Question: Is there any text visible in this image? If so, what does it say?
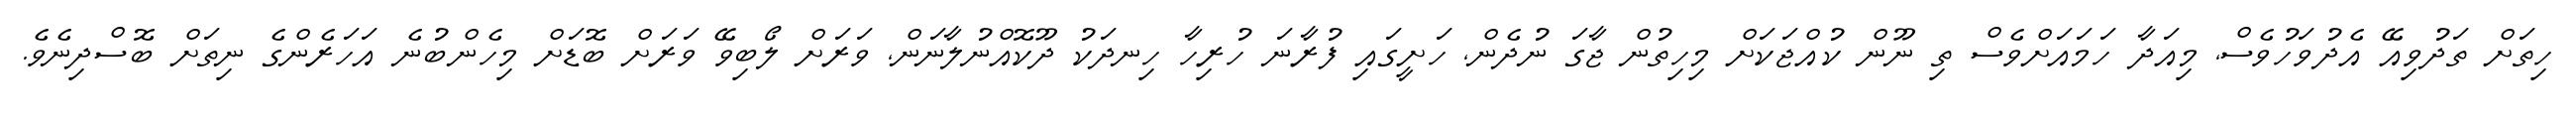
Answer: ހިތަށް ތަދުވިއޭ އެދުވަހުވެސް, މިއަދާ ހަމައަށްވެސް ތި ނޫން ކުއްޖަކަށް މިހިތުން ޖާގަ ނުދެން, ހަށީގައި ފުރާނަ ހުރިހާ ހިނދަކު ދޫކޮއްނުލާނަން, ވަރަށް ލޯބިވޭ ވަރަށް ބޮޑަށް މިހެންބުނެ އަހަރެންގެ ނިތަށް ބޮސްދިނެވެ.